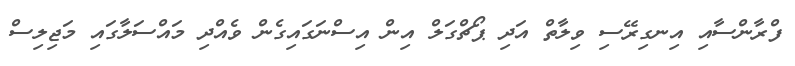
ފްރާންސާއި އިނގިރޭސި ވިލާތް އަދި ޕޯޗްގަލް އިން އިސްނަގައިގެން ވެއްދި މައްސަލާގައި މަޖިލިސް